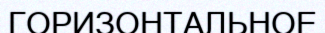
ГОРИЗОНТАЛЬНОЕ